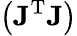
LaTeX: \left(\mathbf{J}^{\mathrm{T}}\mathbf{J}\right)